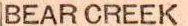
BEAR CREEK